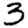
Digit: 3